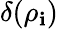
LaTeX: \delta(\rho_{\mathbf{i}})